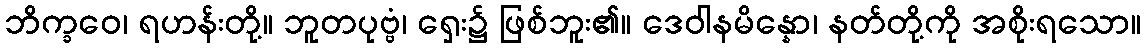
ဘိက္ခဝေ၊ ရဟန်းတို့။ ဘူတပုဗ္ဗံ၊ ရှေး၌ ဖြစ်ဘူး၏။ ဒေဝါနမိန္နော၊ နတ်တို့ကို အစိုးရသော။